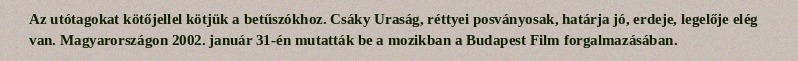
Az utótagokat kötőjellel kötjük a betűszókhoz. Csáky Uraság, réttyei posványosak, határja jó, erdeje, legelője elég van. Magyarországon 2002. január 31-én mutatták be a mozikban a Budapest Film forgalmazásában.